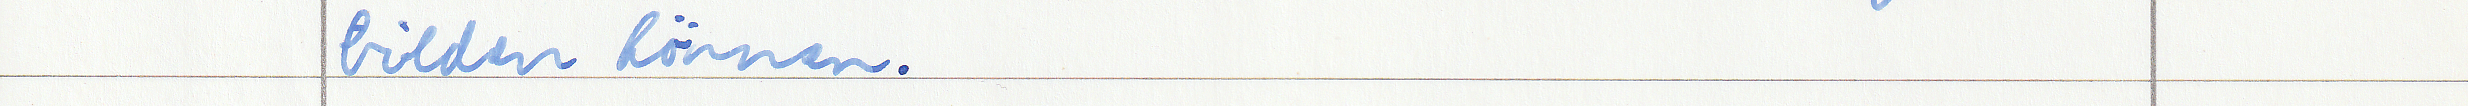
bilden könne.